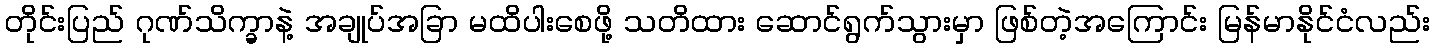
တိုင်းပြည် ဂုဏ်သိက္ခာနဲ့ အချုပ်အခြာ မထိပါးစေဖို့ သတိထား ဆောင်ရွက်သွားမှာ ဖြစ်တဲ့အကြောင်း မြန်မာနိုင်ငံလည်း